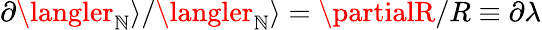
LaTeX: \partial\langler_{\mathbb{N}}\rangle/\langler_{\mathbb{N}}\rangle=\partialR/R\equiv\partial\lambda